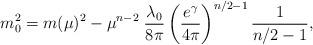
LaTeX: \begin{align*} m_0^2= m(\mu)^2- \mu^{n-2}\; \frac{\lambda_0}{8 \pi} \left( \frac{ e^\gamma}{4 \pi} \right)^{n/2-1} \frac{1}{n/2-1},\end{align*}